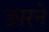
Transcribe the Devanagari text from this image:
ङारने